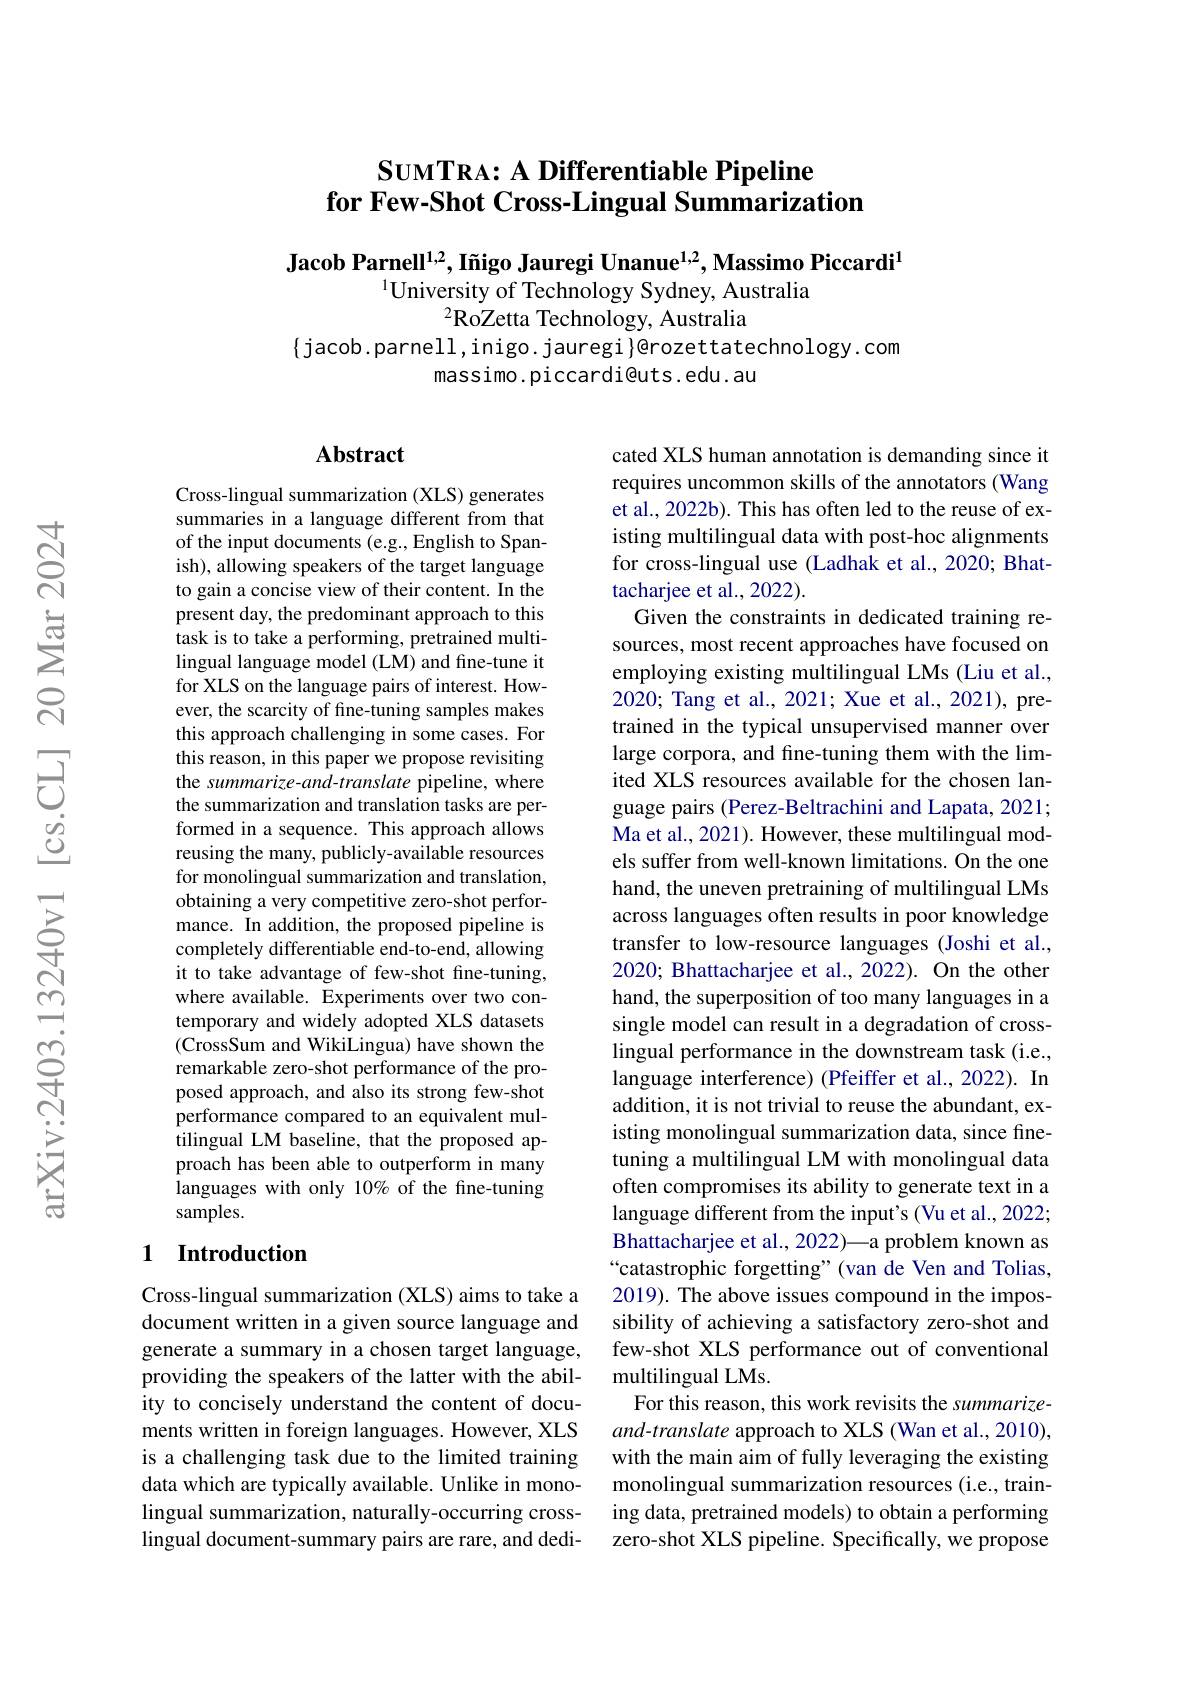
# $\textbf{SUMTRA: A Differentiable Pipeline}$ for Few-Shot Cross-Lingual Summarization

Jacob Parnell$^1,2,\text{I\~{n}igoJauregiUnanue}^{1,2}$, Massimo Piccardi$^1$
$^{1}$University of Technology Sydney, Australia
$^{2}\dot{\text{RoZetta Technology, Australia}}$

$\{$jacob.parnell, inigo. jauregi}@rozettatechnology. com
massimo. piccardi@uts. edu. au

## Abstract

Cross-lingual summarization (XLS) generates summaries in a language different from that of the input documents (e.g., English to Spanish), allowing speakers of the target language to gain a concise view of their content. In the present day, the predominant approach to this task is to take a performing, pretrained multilingual language model (LM) and fine-tune it for XLS on the language pairs of interest. However, the scarcity of fine-tuning samples makes this approach challenging in some cases. For this reason, in this paper we propose revisiting the summarize-and-translate pipeline, where the summarization and translation tasks are performed in a sequence. This approach allows reusing the many, publicly-available resources for monolingual summarization and translation, obtaining a very competitive zero-shot performance. In addition, the proposed pipeline is completely differentiable end-to-end, allowing it to take advantage of few-shot fine-tuning, where available. Experiments over two contemporary and widely adopted XLS datasets (CrossSum and WikiLingua) have shown the remarkable zero-shot performance of the proposed approach, and also its strong few-shot performance compared to an equivalent multilingual LM baseline, that the proposed approach has been able to outperform in many languages with only 10% of the fine-tuning samples.

## 1 $\textbf{Introduction}$

Cross-lingual summarization (XLS) aims to take a document written in a given source language and generate a summary in a chosen target language, providing the speakers of the latter with the ability to concisely understand the content of documents written in foreign languages. However, XLS is a challenging task due to the limited training data which are typically available. Unlike in monolingual summarization, naturally-occurring crosslingual document-summary pairs are rare, and dedi-

cated XLS human annotation is demanding since it requires uncommon skills of the annotators (Wang et al., 2022b). This has often led to the reuse of existing multilingual data with post-hoc alignments for cross-lingual use (Ladhak et al., 2020; Bhattacharjee et al., 2022).
Given the constraints in dedicated training resources, most recent approaches have focused on employing existing multilingual LMs (Liu et al., 2020; Tang et al., 2021; Xue et al., 2021), pretrained in the typical unsupervised manner over large corpora, and fine-tuning them with the limited XLS resources available for the chosen language pairs (Perez-Beltrachini and Lapata, 2021; Ma et al., 2021). However, these multilingual models suffer from well-known limitations. On the one hand, the uneven pretraining of multilingual LMs across languages often results in poor knowledge transfer to low-resource languages (Joshi et al., 2020; Bhattacharjee et al., 2022). On the other hand, the superposition of too many languages in a single model can result in a degradation of crosslingual performance in the downstream task (i.e., language interference) (Pfeiffer et al.,2022). In addition, it is not trivial to reuse the abundant, existing monolingual summarization data, since finetuning a multilingual LM with monolingual data often compromises its ability to generate text in a language different from the input's (Vu et al., 2022; Bhattacharjee et al., 2022)—a problem known as “catastrophic forgetting”(van de Ven and Tolias, 2019). The above issues compound in the impossibility of achieving a satisfactory zero-shot and few-shot XLS performance out of conventional multilingual LMs.
For this reason, this work revisits the summarizeand-translate approach to XLS (Wan et al., 2010), with the main aim of fully leveraging the existing monolingual summarization resources (i.e., training data, pretrained models) to obtain a performing zero-shot XLS pipeline. Specifically, we propose